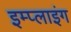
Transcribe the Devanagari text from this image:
इम्प्‍लाइंग